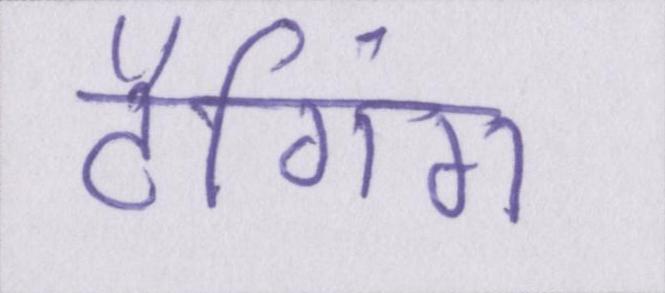
टैगिंग